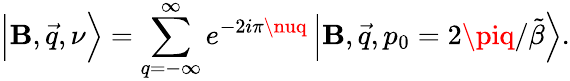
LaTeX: \Big\vert\mathbf{B},\vec{{q}},\nu\Big\rangle=\sum_{q=-\infty}^{\infty}e^{-2i\pi\nuq}\, \Big\vert\mathbf{B},\vec{{q}},p_{0}=2\piq/\tilde{{\beta}}\Big\rangle.